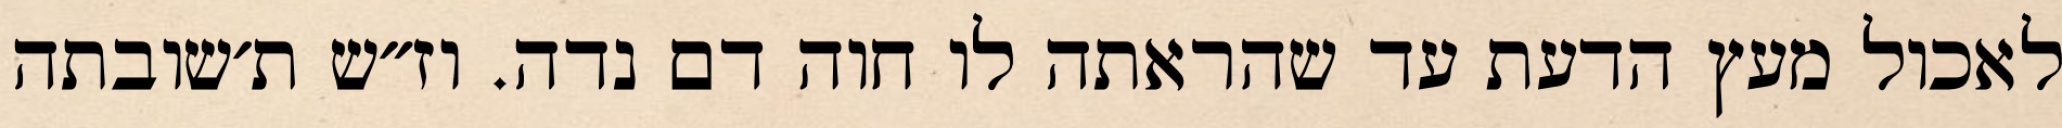
לאכול מעץ הדעת עד שהראתה לו חוה דם נדה. וז״ש ת׳שובתה